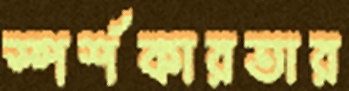
স্পর্শকারতার